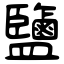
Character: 鹽